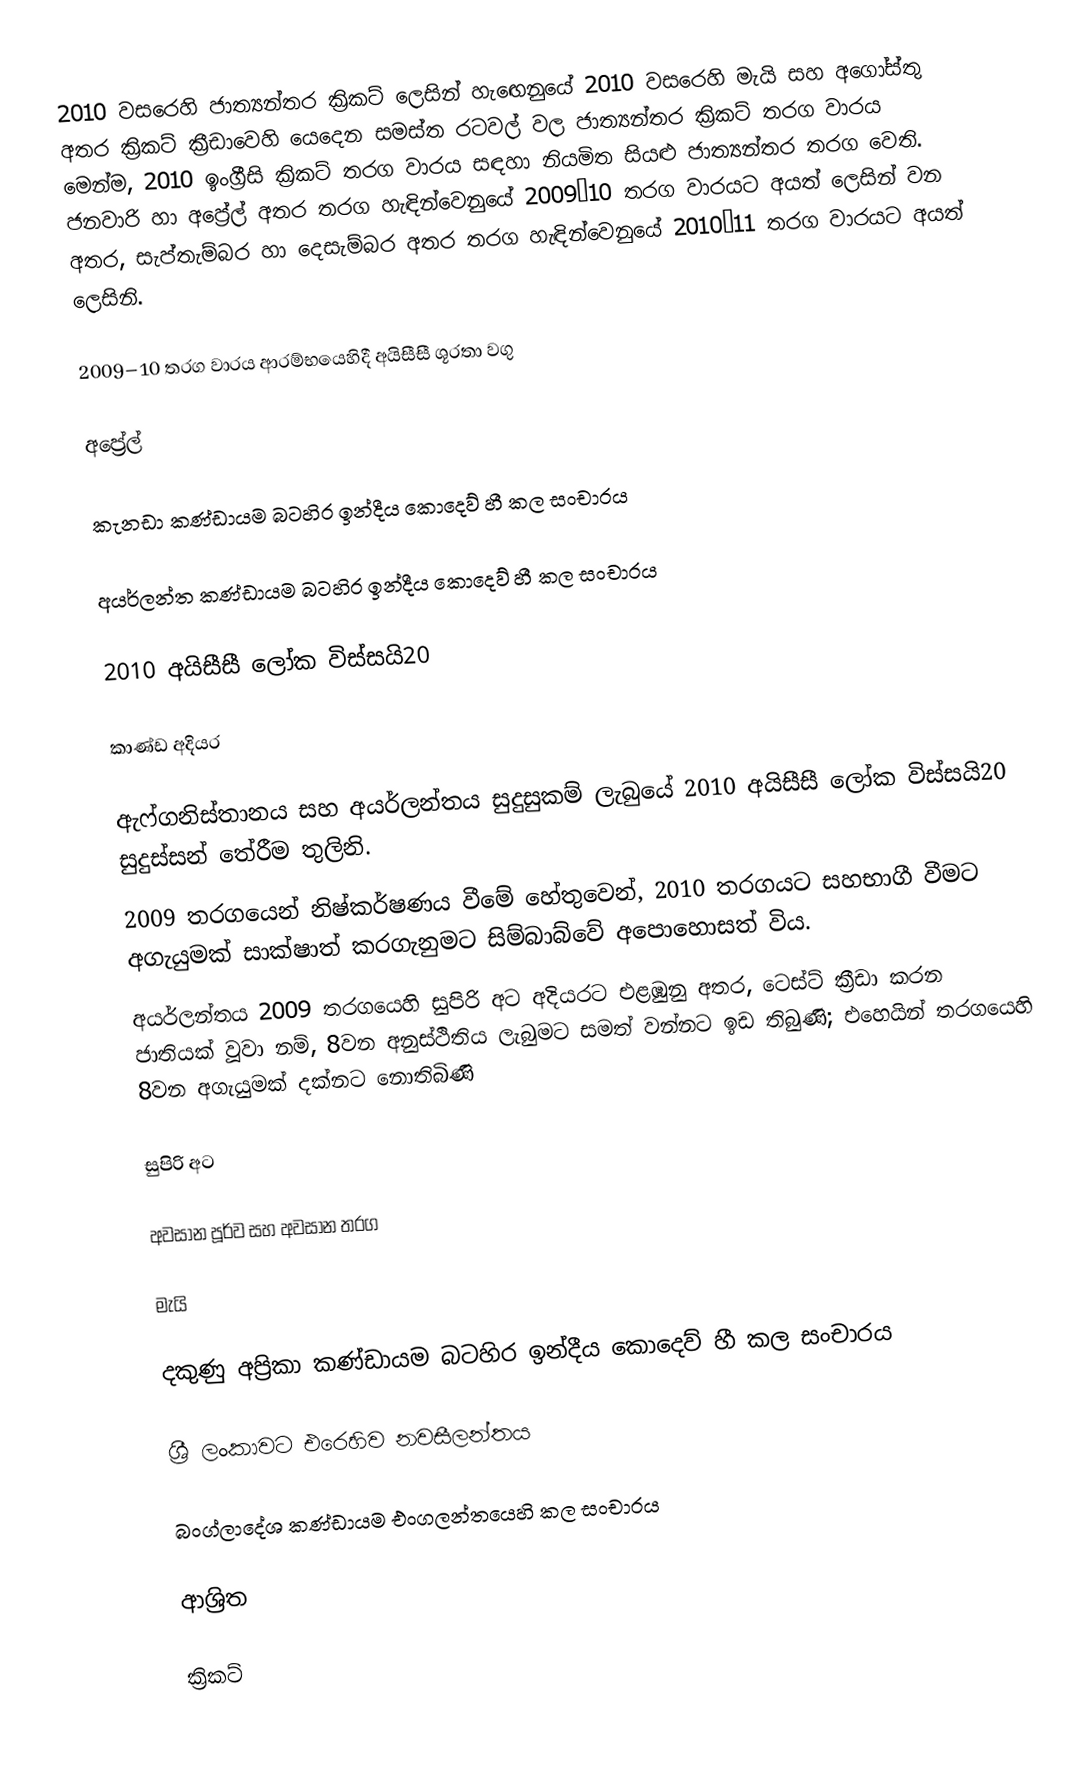
2010 වසරෙහි ජාත්‍යන්තර ක්‍රිකට් ලෙසින් හැ‍ඟෙනුයේ 2010 වසරෙහි මැයි සහ අගෝස්තු අතර ක්‍රිකට් ක්‍රීඩාවෙහි යෙදෙන සමස්ත රටවල් වල  ජාත්‍යන්තර ක්‍රිකට් තරග වාරය මෙන්ම, 2010 ඉංග්‍රීසි ක්‍රිකට් තරග වාරය සඳහා නියමිත සියළු ‍ජාත්‍යන්තර තරග වෙති. ජනවාරි හා අප්‍රේල් අතර තරග හැඳින්වෙනුයේ 2009–10 තරග වාරයට අයත් ලෙසින් වන අතර, සැප්තැම්බර හා දෙසැම්බර අතර තරග හැඳින්වෙනුයේ 2010–11 තරග වාරයට අයත් ලෙසිනි.

2009–10 තරග වාරය ආරම්භයෙහිදී අයිසීසී ශූරතා වගු

අප්‍රේල්

කැනඩා කණ්ඩායම බටහිර ඉන්දීය කොදෙව් හී කල සංචාරය

අයර්ලන්ත කණ්ඩායම බටහිර ඉන්දීය කොදෙව් හී කල සංචාරය

2010 අයිසීසී ලෝක විස්සයි20

කාණ්ඩ අදියර

 ඇෆ්ගනිස්තානය සහ අයර්ලන්තය සුදුසුකම් ලැබුයේ 2010 අයිසීසී ලෝක විස්සයි20 සුදුස්සන් තේරීම තුලිනි.
 2009 තරගයෙන් නිෂ්කර්ෂණය වීමේ හේතුවෙන්, 2010 තරගයට සහභාගී වීමට අගැයුමක් සාක්ෂාත් කරගැනුමට සිම්බාබ්වේ අපොහොසත් විය.
 අයර්ලන්තය 2009 තරගයෙහි සුපිරි අට අදියරට එළඹුනු අතර, ටෙස්ට්  ක්‍රීඩා කරන ජාතියක් වූවා නම්, 8වන අනුස්ථිතිය ලැබුමට සමත් වන්නට ඉඩ තිබුණි; එහෙයින් තරගයෙහි 8වන අගැයුමක් දක්නට නොතිබිණි

සුපිරි අට

අවසාන පූර්ව සහ අවසාන තරග

මැයි

දකුණු අප්‍රිකා කණ්ඩායම බටහිර ඉන්දීය කොදෙව් හී  කල සංචාරය

ශ්‍රී ලංකාවට එරෙහිව නවසීලන්තය

බංග්ලාදේශ කණ්ඩායම එංගලන්තයෙහි කල සංචාරය

ආශ්‍රිත

ක්‍රිකට්